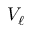
V _ { \ell }